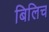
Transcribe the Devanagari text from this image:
बिलिच